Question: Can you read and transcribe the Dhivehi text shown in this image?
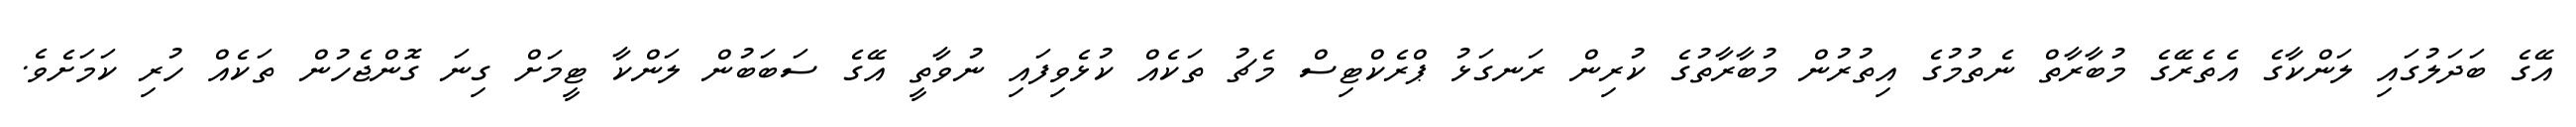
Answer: އޭގެ ބަދަލުގައި ލަންކާގެ އެތެރޭގެ މުބާރާތް ނެތުމުގެ އިތުރުން މުބާރާތުގެ ކުރިން ރަނގަޅު ޕްރެކްޓިސް މެޗު ތަކެއް ކުޅެވިފައި ނުވާތީ އޭގެ ސަބަބުން ލަންކާ ޓީމަށް ގިނަ ގޮންޖެހުން ތަކެއް ހުރި ކަމަށެވެ.